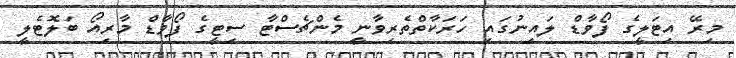
މިރޭ އިޓަލީގެ ފޯވާޑް ލައިނުގައި ހަރަކާތްތެރިވާނީ މެންޗެސްޓާ ސިޓީގެ ފޯވާޑް މާރިއޯ ބަލޮޓެލީ